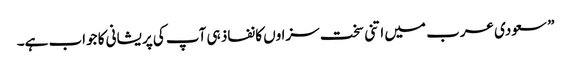
” سعودی عرب میں اتنی سخت سزاوں کا نفاذ ہی آپ کی پریشانی کا جواب ہے۔